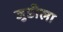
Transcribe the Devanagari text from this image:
जुडीला